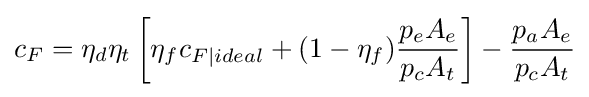
c_{F}={\eta _{d}}{\eta }_{t}\left[{\eta }_{f}c_{F|ideal}+(1-{\eta _{f}}){\frac {p_{e}A_{e}}{p_{c}A_{t}}}\right]-{\frac {p_{a}A_{e}}{{p_{c}}A_{t}}}